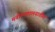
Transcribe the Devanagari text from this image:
मनोरुग्णालयातील